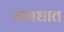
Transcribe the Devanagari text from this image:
मगधात